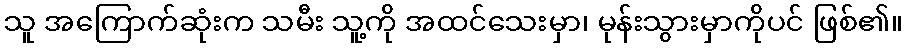
သူ အကြောက်ဆုံးက သမီး သူ့ကို အထင်သေးမှာ၊ မုန်းသွားမှာကိုပင် ဖြစ်၏။